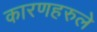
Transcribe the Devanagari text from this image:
कारणहरुले